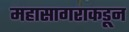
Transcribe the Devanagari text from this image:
महासागराकडून